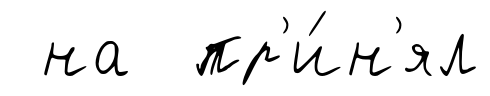
на пр'и́н'ял